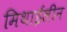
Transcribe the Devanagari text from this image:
मिथाईलीन